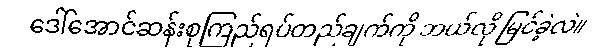
ဒေါ်အောင်ဆန်းစုကြည်ရပ်တည်ချက်ကို ဘယ်လို မြင်ခဲ့လဲ။